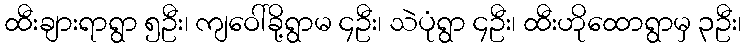
ထီးချားရာရွာ ၅ဦး၊ ကျဝေါ်ခို့ရွာမ ၄ဦး၊ သဲပုံရွာ ၄ဦး၊ ထီးဟိုထောရွာမှ ၃ဦး၊